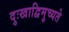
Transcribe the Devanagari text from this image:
दुःखाद्विमुच्यते